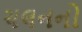
ચલનનો